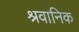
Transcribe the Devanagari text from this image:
श्रवानिक